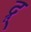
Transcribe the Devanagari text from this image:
द्रू